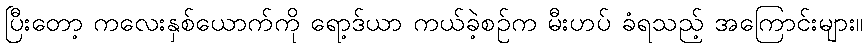
ပြီးတော့ ကလေးနှစ်ယောက်ကို ရော့ဒ်ယာ ကယ်ခဲ့စဉ်က မီးဟပ် ခံရသည့် အကြောင်းများ။